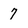
Character: 7